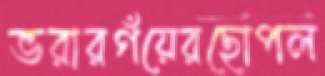
ভরারগঁয়েরছোপল